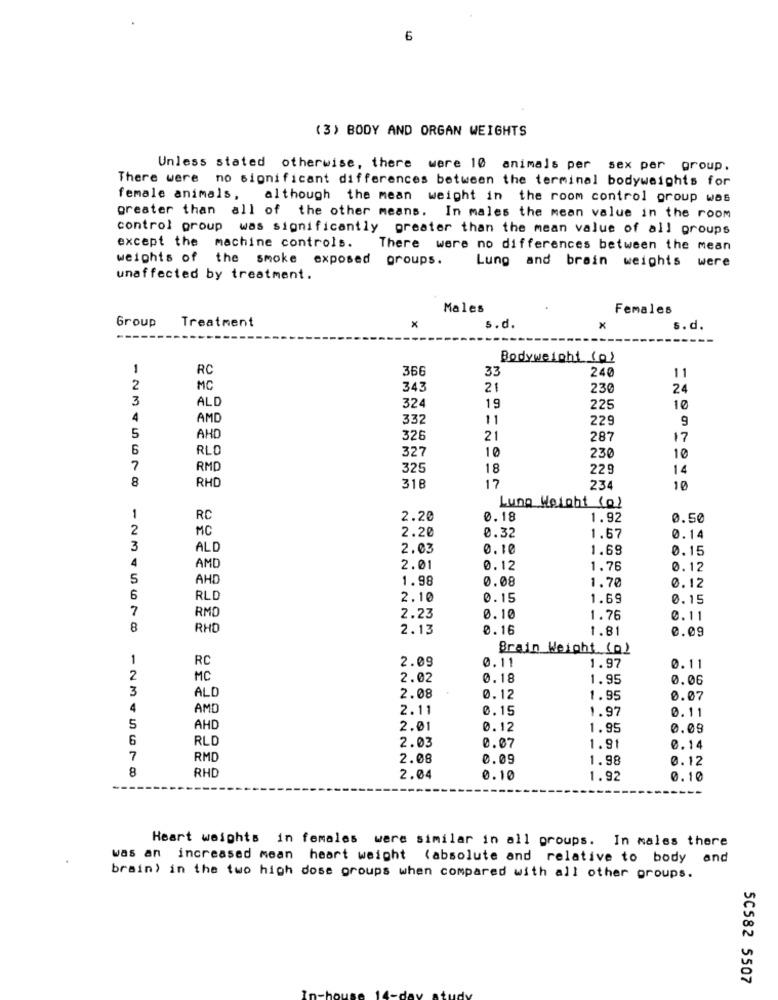
6
(3) BODY AND ORGAN WEIGHTS
Unless stated otherwise, there were 10 animals per sex per group.
There were no significant differences between the terminal bodyweights for
female animals, although the mean weight in the room control group was
greater than all of the other means. In males the mean value in the room
control group was significantly greater than the mean value of all groups
except the machine controls.
There were no differences between the mean
weights of the smoke exposed groups.
Lung and brain weights were
unaffected by treatment.
Males
Females
Group
Treatment
x
s.d.
x
s.d.
Bodyweight (0)
1
RC
366
33
240
11
2
MC
343
21
230
24
3
ALD
324
19
225
10
4
AMD
332
11
229
9
5
AHD
326
21
287
17
6
RLD
327
10
230
10
7
RMD
325
18
229
14
8
RHD
318
17
234
10
Lung Weight (0)
1
RC
2.20
0.18
1.92
0.50
2
MC
2.20
0.32
1.67
0.14
3
ALD
2.03
0,10
1.69
0.15
4
AMD
2.01
0.12
1.76
0.12
5
AHD
1.98
0.08
1.70
0.12
6
RLD
2.10
0.15
1.69
0.15
7
RMD
2.23
0.10
1.76
0.11
8
RHD
2.13
0.16
1.81
0.09
Brain Weight (0)
1
RC
2.09
0.11
1.97
0.11
2
MC
2.02
0.18
1.95
0.06
3
ALD
2.08
0.12
1.95
0.07
4
AMD
2.11
0.15
1.97
0.11
5
AHD
2.01
0.12
1.95
0.09
6
RLO
0.07
2.03
1.91
0.14
7
RMD
2.08
0.09
1.98
0.12
8
RHD
2.04
0.10
1.92
0.10
Heart weights in females were similar in all groups. In males there
was an increased mean heart weight (absolute and relative to body and
brain) in the two high dose groups when compared with all other groups.
50582 5507